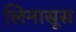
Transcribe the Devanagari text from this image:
लिनासूस